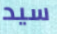
سيد